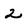
Character: 2